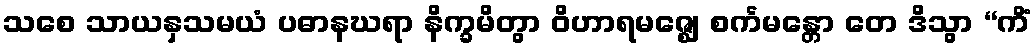
သစေ သာယနှသမယံ ပဓာနဃရာ နိက္ခမိတွာ ဝိဟာရမဇ္ဈေ စင်္ကမန္တော တေ ဒိသွာ “ကိံ